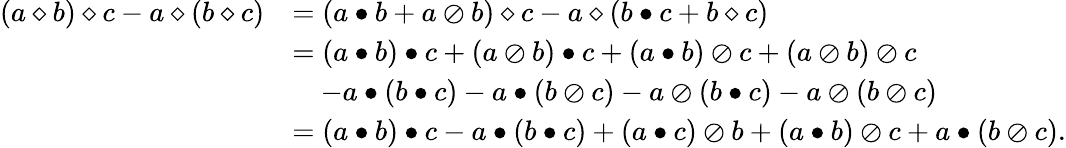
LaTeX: \begin{array}{rl}{\left(a\diamond b\right)\diamond c-a\diamond\left(b\diamond c\right)}&{=\left(a\bullet b+a\oslash b\right)\diamond c-a\diamond\left(b\bullet c+b\diamond c\right)}\\ &{=\left(a\bullet b\right)\bullet c+\left(a\oslash b\right)\bullet c+\left(a\bullet b\right)\oslash c+\left(a\oslash b\right)\oslash c}\\ &{\quad-a\bullet\left(b\bullet c\right)-a\bullet\left(b\oslash c\right)-a\oslash\left(b\bullet c\right)-a\oslash\left(b\oslash c\right)}\\ &{=\left(a\bullet b\right)\bullet c-a\bullet\left(b\bullet c\right)+\left(a\bullet c\right)\oslash b+\left(a\bullet b\right)\oslash c+a\bullet\left(b\oslash c\right).}\end{array}